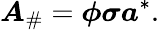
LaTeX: \boldsymbol{A}_{\# }=\boldsymbol{\phi}\boldsymbol{\sigma}\boldsymbol{a}^{*}.